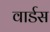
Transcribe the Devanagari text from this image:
वार्डस